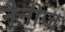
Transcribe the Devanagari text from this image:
नैनीज